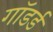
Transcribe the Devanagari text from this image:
गॉडर्ड